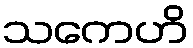
သကေဟိ